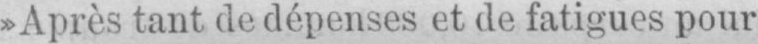
»Après tant de dépenses et de fatigues pour